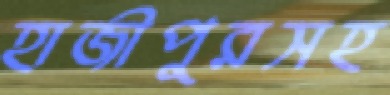
হাজীপুরসহ